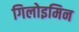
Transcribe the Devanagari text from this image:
गिलोइमिन